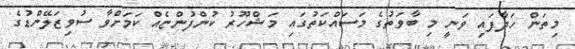
މިތަން ހަދާފައި ވަނީ މި ބާވަތުގެ މަސައްކަތުގައި މަޝްހޫރު ކުންފުންޏެއް ކަމަށްވާ ސުވިޒަލޭންޑުގެ